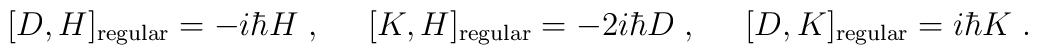
[D,H]_{\rm regular}= - i \hbar H \;  ,\;\;  \;   \;   \;[K,H]_{\rm regular}  = - 2 i \hbar D\;  ,\;\;  \;   \;   \;[D, K]_{\rm regular}  =  i \hbar K\;  .